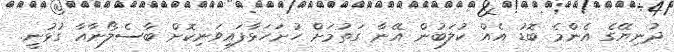
ދުނިޔޭގެ އެންމެ ބޮޑު އެއް ކުލަބުން އޭނާ ގަތުމަށް ހުށަހަޅާފައިވަނިކޮށް ބާސެލޯނާއާ ގުޅުނީ.